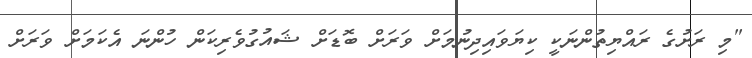
"މި ރަށުގެ ރައްޔިތުންނަކީ ކިޔަވައިދިނުމަށް ވަރަށް ބޮޑަށް ޝައުގުވެރިކަން ހުންނަ އެކަމަށް ވަރަށް